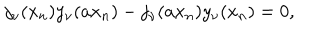
LaTeX: j _ { \nu } ( x _ { n } ) y _ { \nu } ( a x _ { n } ) - j _ { \nu } ( a x _ { n } ) y _ { \nu } ( x _ { n } ) = 0 ,